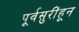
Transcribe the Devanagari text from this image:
पूर्वसुरींहून